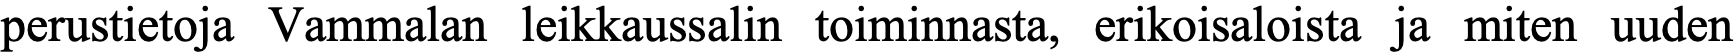
perustietoja Vammalan leikkaussalin toiminnasta, erikoisaloista ja miten uuden